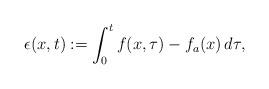
LaTeX: \begin{align*}\epsilon(x,t) := \int_0^t f(x,\tau) - f_a(x) \,d\tau,\end{align*}